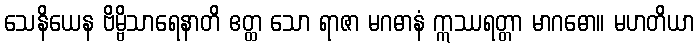
သေနိယေန ဗိမ္ဗိသာရေနာတိ ဧတ္ထ သော ရာဇာ မဂဓာနံ ဣဿရတ္တာ မာဂဓော။ မဟတိယာ